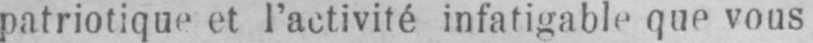
patriotique et l’activité infatigable que vous